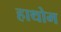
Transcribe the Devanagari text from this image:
हाथोम